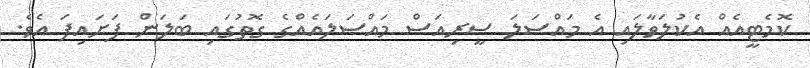
ކޮމެޓީއެއް އެކުލަވާލައި އެ މައްސަލަ ސީރިއަސް މައްސަލައެއްގެ ގޮތުގައި ބަލަން ފަށައިފަ އެވެ.